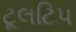
ટૂલટિપ